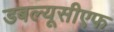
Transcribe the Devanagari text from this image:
डबल्यूसीएफ